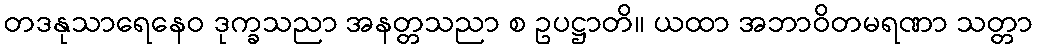
တဒနုသာရေနေဝ ဒုက္ခသညာ အနတ္တသညာ စ ဥပဋ္ဌာတိ။ ယထာ အဘာဝိတမရဏာ သတ္တာ